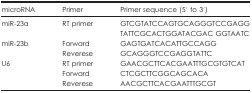
<table><thead><tr><td><b>microRNA</b></td><td><b>Primer</b></td><td><b>Primer sequence (5′ to 3′)</b></td></tr></thead><tbody><tr><td>miR-23a</td><td>RT primer</td><td>GTCGTATCCAGTGCAGGGTCCGAGGTATTCGCACTGGATACGAC GGTAATC</td></tr><tr><td>miR-23b</td><td>Forward</td><td>GAGTGATCACATTGCCAGG</td></tr><tr><td> </td><td>Reverese</td><td>GCAGGGTCCGAGGTATTC</td></tr><tr><td>U6</td><td>RT primer</td><td>GAACGCTTCACGAATTTGCGTGTCAT</td></tr><tr><td> </td><td>Forward</td><td>CTCGCTTCGGCAGCACA</td></tr><tr><td> </td><td>Reverese</td><td>AACGCTTCACGAATTTGCGT</td></tr></tbody></table>